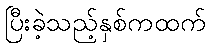
ပြီးခဲ့သည့်နှစ်ကထက်